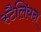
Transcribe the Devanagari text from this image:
स्टैलियन